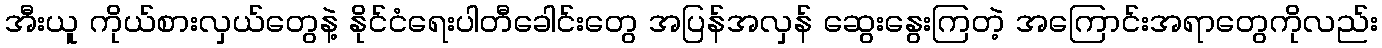
အီးယူ ကိုယ်စားလှယ်တွေနဲ့ နိုင်ငံရေးပါတီခေါင်းတွေ အပြန်အလှန် ဆွေးနွေးကြတဲ့ အကြောင်းအရာတွေကိုလည်း